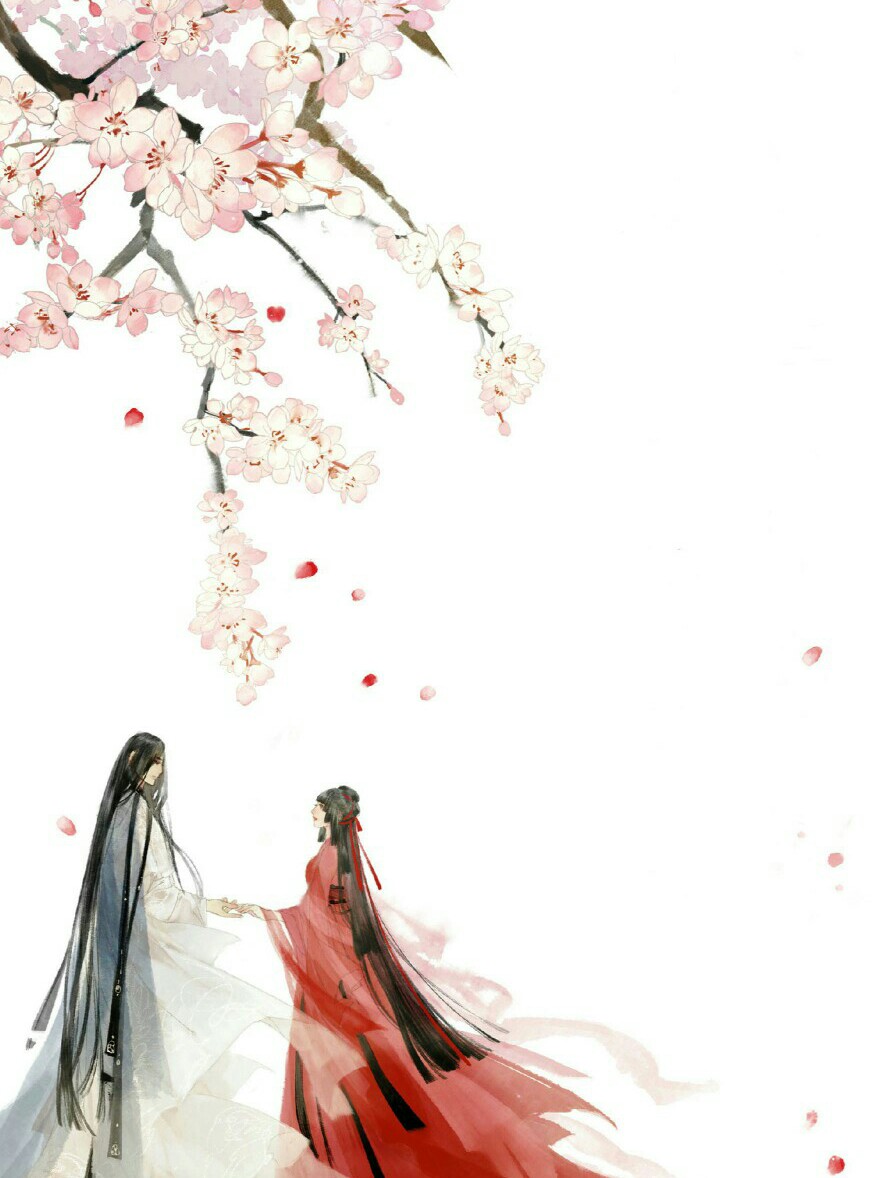
欲笺心事，独语斜阑。